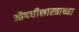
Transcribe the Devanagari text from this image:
औषधीशास्त्राच्या